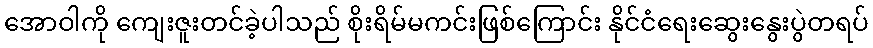
အောဝါကို ကျေးဇူးတင်ခဲ့ပါသည် စိုးရိမ်မကင်းဖြစ်ကြောင်း နိုင်ငံရေးဆွေးနွေးပွဲတရပ်